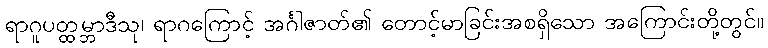
ရာဂူပတ္ထမ္ဘာဒီသု၊ ရာဂကြောင့် အင်္ဂါဇာတ်၏ တောင့်မာခြင်းအစရှိသော အကြောင်းတို့တွင်။